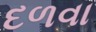
દળવા